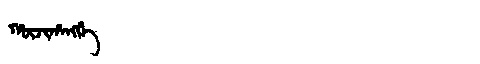
Manchu: ᡥᡡᠵᡳᡥᠠᠩᡤᡝ
Romanization: HŪJIHANGGE